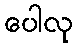
ပေါလု